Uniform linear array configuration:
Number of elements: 24
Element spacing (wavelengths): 0.75
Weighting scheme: cosine
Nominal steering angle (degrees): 60
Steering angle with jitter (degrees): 58.868
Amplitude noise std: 0.05
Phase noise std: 0.05

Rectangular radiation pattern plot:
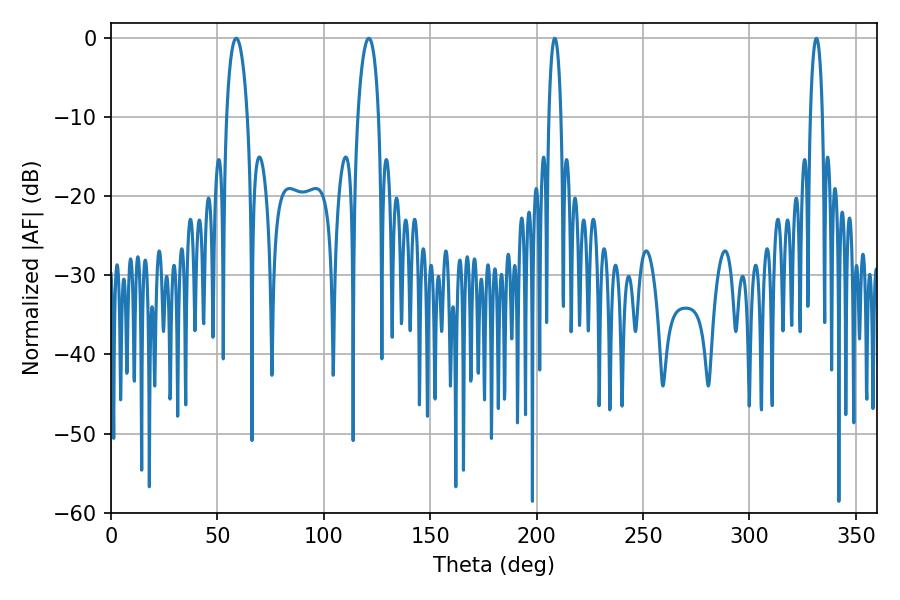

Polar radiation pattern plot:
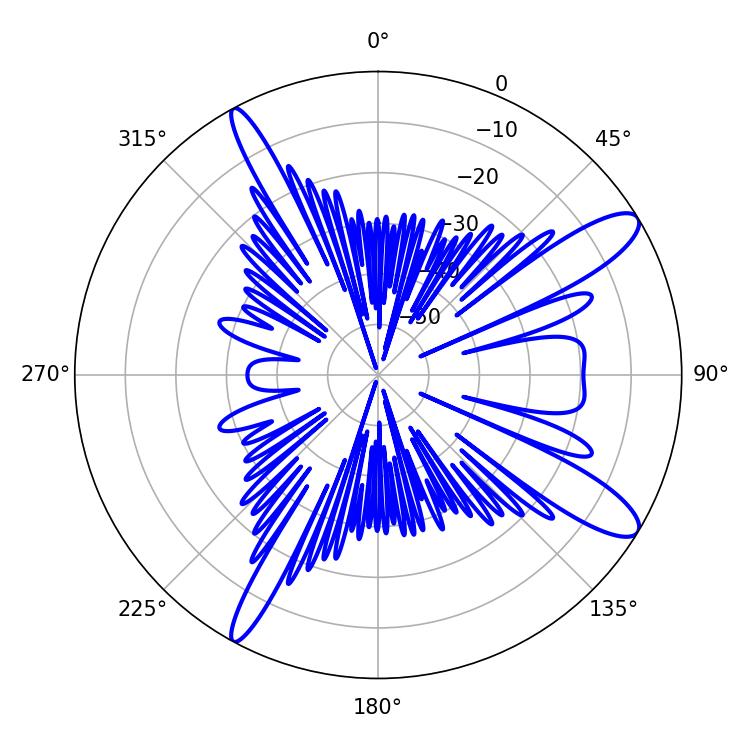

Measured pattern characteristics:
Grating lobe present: TRUE
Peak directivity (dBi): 11.97
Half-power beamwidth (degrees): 5.58
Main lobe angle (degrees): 58.86